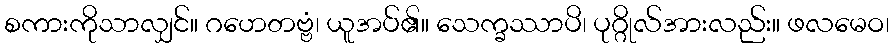
စကားကိုသာလျှင်။ ဂဟေတဗ္ဗံ၊ ယူအပ်၏။ သေက္ခဿာပိ၊ ပုဂ္ဂိုလ်အားလည်း။ ဖလမေဝ၊